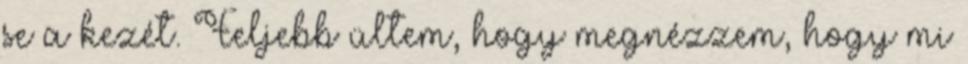
se a kezét. Feljebb ültem, hogy megnézzem, hogy mi